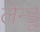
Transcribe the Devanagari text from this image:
लेन्डू